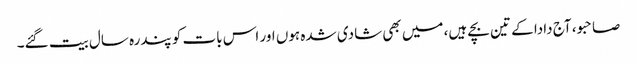
صاحبو، آج دادا کے تین بچے ہیں، میں بھی شادی شدہ ہوں اور اس بات کو پندرہ سال بیت گئے۔